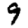
Digit: 9